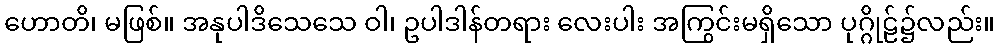
ဟောတိ၊ မဖြစ်။ အနုပါဒိသေသေ ဝါ၊ ဥပါဒါန်တရား လေးပါး အကြွင်းမရှိသော ပုဂ္ဂိုဠ်၌လည်း။